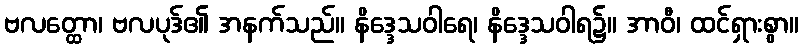
ဗလတ္ထော၊ ဗလပုဒ်၏ အနက်သည်။ နိဒ္ဒေသဝါရေ၊ နိဒ္ဒေသဝါရ၌။ အာဝီ၊ ထင်ရှားစွာ။